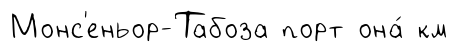
Монс'еньор-Табоза порт она́ км